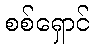
စစ်ရှောင်